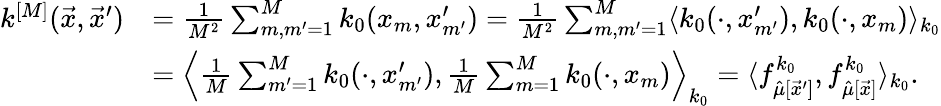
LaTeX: \begin{array}{rl}{k^{[M]}(\vec{x},\vec{x}^{\prime})}&{=\frac{1}{M^{2}}\sum_{m,m^{\prime}=1}^{M}k_{0}(x_{m},x_{m^{\prime}}^{\prime})=\frac{1}{M^{2}}\sum_{m,m^{\prime}=1}^{M}\langle k_{0}(\cdot,x_{m^{\prime}}^{\prime}),k_{0}(\cdot,x_{m})\rangle_{k_{0}}}\\ &{=\left\langle\frac{1}{M}\sum_{m^{\prime}=1}^{M}k_{0}(\cdot,x_{m^{\prime}}^{\prime}),\frac{1}{M}\sum_{m=1}^{M}k_{0}(\cdot,x_{m})\right\rangle_{k_{0}}=\langle f_{\hat{\mu}[\vec{x}^{\prime}]}^{k_{0}},f_{\hat{\mu}[\vec{x}]}^{k_{0}}\rangle_{k_{0}}.}\end{array}